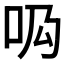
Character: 𠯷